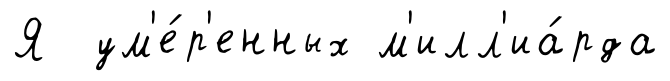
Я ум'е́р'енных м'илл'иа́рда